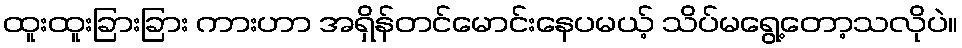
ထူးထူးခြားခြား ကားဟာ အရှိန်တင်မောင်းနေပမယ့် သိပ်မရွေ့တော့သလိုပဲ။